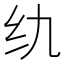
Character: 𮉠